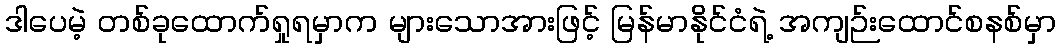
ဒါပေမဲ့ တစ်ခုထောက်ရှုရမှာက များသောအားဖြင့် မြန်မာနိုင်ငံရဲ့ အကျဉ်းထောင်စနစ်မှာ